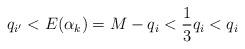
LaTeX: \begin{align*} q_{i'}<E(\alpha_{k})=M-q_{i}<\frac{1}{3}q_{i}<q_{i}\end{align*}